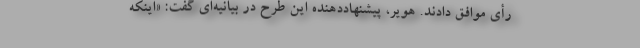
رأی موافق دادند. هویر، پیشنهاد‌دهنده این طرح در بیانیه‌ای گفت: «اینکه